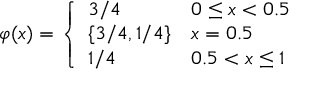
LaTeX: \varphi ( x ) = { \left\{ \begin{array} { l l } { 3 / 4 } & { 0 \leq x < 0 . 5 } \\ { \{ 3 / 4 , 1 / 4 \} } & { x = 0 . 5 } \\ { 1 / 4 } & { 0 . 5 < x \leq 1 } \end{array} \right. }